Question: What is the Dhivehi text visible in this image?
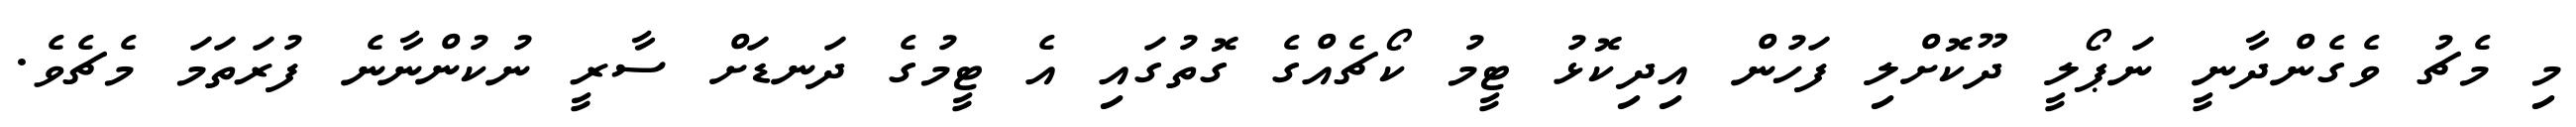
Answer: މި މެޗު ވެގެންދާނީ ނަޕޯލީ ދޫކޮށްލި ފަހުން އިދިކޮޅު ޓީމު ކޯޗެއްގެ ގޮތުގައި އެ ޓީމުގެ ދަނޑަށް ސާރީ ނުކުންނާނެ ފުރަތަމަ މެޗެވެ.